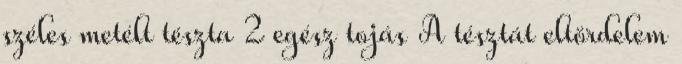
széles metélt tészta 2 egész tojás A tésztát eltördelem